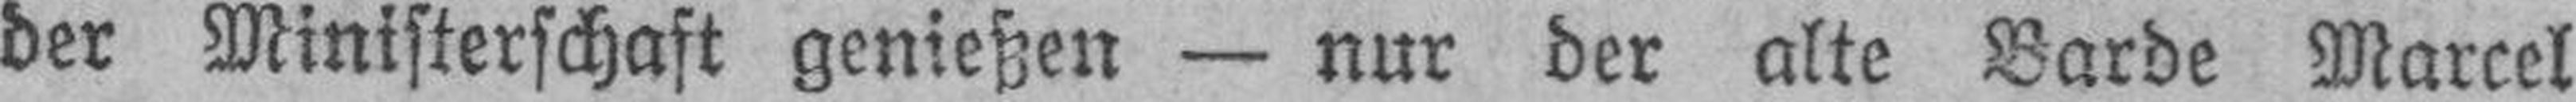
der Ministerschaft genießen — nur der alte Barde Marcel